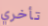
تأخري